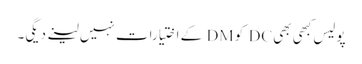
پولیس کبھی بھی DC کو DM کے اختیارات نہیں لینے دیگی۔